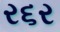
ર૬ર